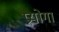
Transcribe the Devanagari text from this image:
प्रयोगा